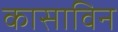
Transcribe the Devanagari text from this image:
कासाविन